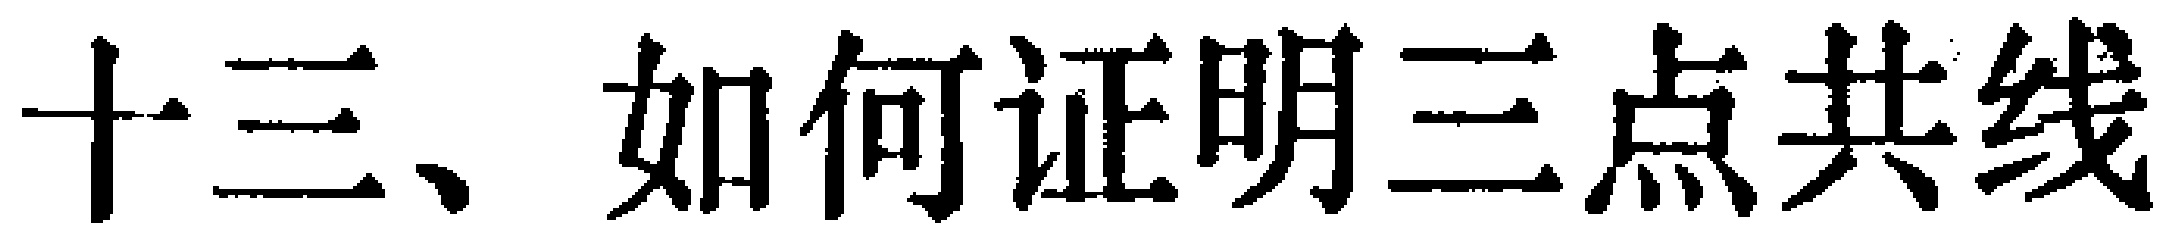
十三、如何证明三点共线